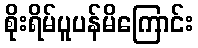
စိုးရိမ်ပူပန်မိကြောင်း